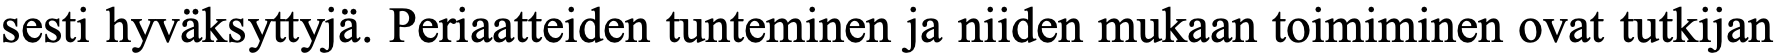
sesti hyväksyttyjä. Periaatteiden tunteminen ja niiden mukaan toimiminen ovat tutkijan